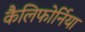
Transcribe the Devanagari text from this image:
कैलिफोर्निया